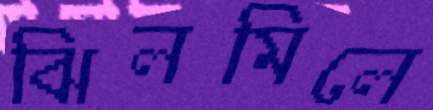
ঝিলমিলে